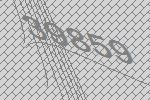
39859